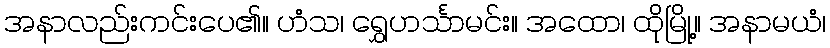
အနာလည်းကင်းပေ၏။ ဟံသ၊ ရွှေဟင်္သာမင်း။ အထော၊ ထိုမြို့။ အနာမယံ၊